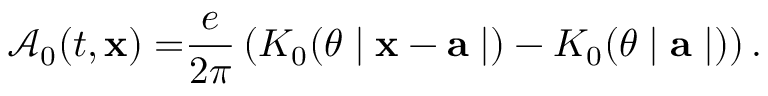
\mathcal { A } _ { 0 } ( t , \mathbf { x ) = } \frac { e } { 2 \pi } \left( K _ { 0 } ( \theta \mid \mathbf { x - a } \mid ) - K _ { 0 } ( \theta \mid \mathbf { a } \mid ) \right) .